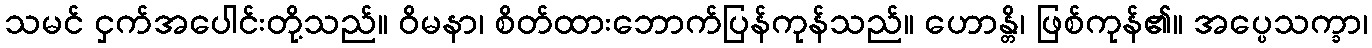
သမင် ငှက်အပေါင်းတို့သည်။ ဝိမနာ၊ စိတ်ထားဘောက်ပြန်ကုန်သည်။ ဟောန္တိ၊ ဖြစ်ကုန်၏။ အပ္ပေသက္ခာ၊